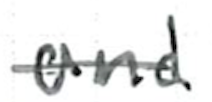
Text: and
Cross-out: single-line
Writing tool: ballpoint